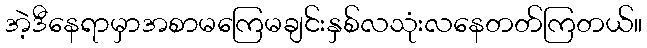
အဲ့ဒီနေရာမှာအစာမကြေမချင်းနှစ်လသုံးလနေတတ်ကြတယ်။